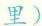
里）